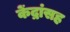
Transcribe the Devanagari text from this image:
केंद्रांसह